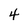
Character: 4